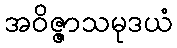
အဝိဇ္ဇာသမုဒယံ